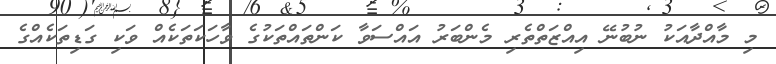
މި މާއްދާއަކު ނުބުނޭ އިއްޒަތްތެރި މެންބަރު އައްސަވާ ކަންތައްތަކުގެ ވާހަކަތަކެއް ވަކި ގަޑިތަކެއްގެ